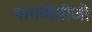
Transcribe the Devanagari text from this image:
नागणेचीजी